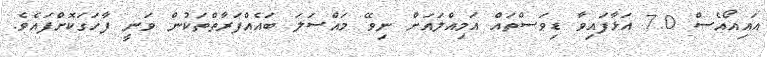
އައިއޯއެސް 7.0 އަޅާފައިވާ ޑިވަސްތައް އަމިއްލައަށް ނިވޭ މައްސަލަ ބައެއްފަރާތްތަކުން ވަނީ ފާހަގަކޮށްފައެވެ.